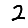
Digit: 2